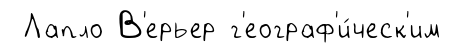
Лапло В'ерьер г'еограф'и́ческ'им